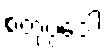
စတုပ္ပဒေါ